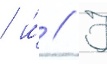
/ и́ // Ф